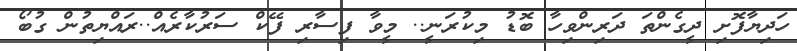
ހަދިޔާފޮށި ދީގެންތަ ދަރިންވިހާ ބޮޑު މިކުރަނީ.. މީވާ ފިސާރި ފޭކް ސަރުކާރެއް..ރައްޔިތުން ގުބޯ